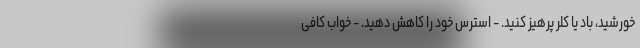
خورشید، باد یا کلر پرهیز کنید. - استرس خود را کاهش دهید. - خواب کافی